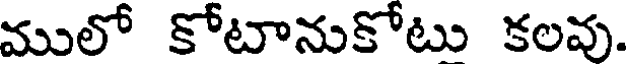
ములో కోటానుకోటు కలవు.